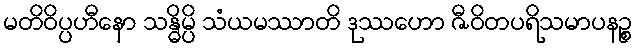
မတိဝိပ္ပဟီနော သန္ဓိမ္ပိ သံယမဿာတိ ဒုဿဟော ဇီဝိတပရိသမာပနဉ္စ